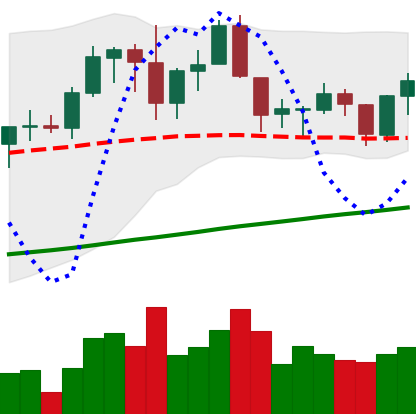
Ticker: ADA-USD
Chart end date: 2019-06-11
Forward return: 4.952%
Label: up_3_5